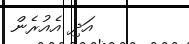
އަދި އެއުރެން